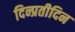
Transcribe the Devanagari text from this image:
दिन्प्रतीदिन